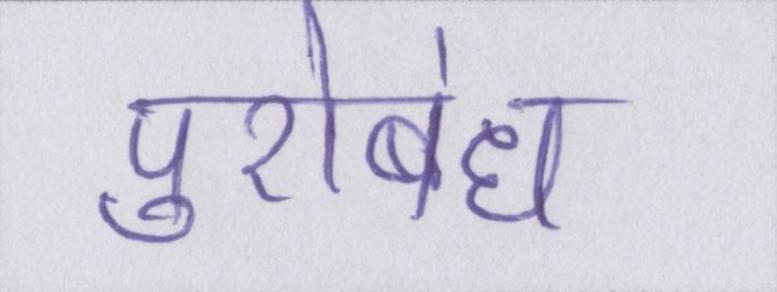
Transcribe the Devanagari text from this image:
पुरोबंध